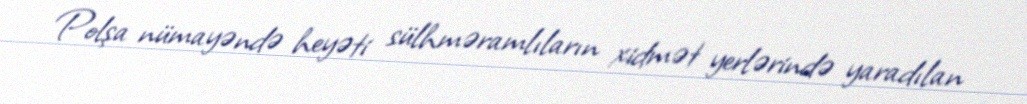
Polşa nümayəndə heyəti sülhməramlıların xidmət yerlərində yaradılan